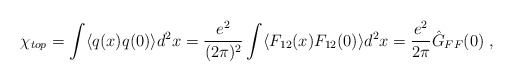
\begin{align*}\chi_{top} = \int \langle q(x) q(0) \rangle d^2x = \frac{e^2}{(2\pi)^2}\int \langle F_{12}(x) F_{12}(0) \rangle d^2x =\frac{e^2}{2\pi} \hat{G}_{FF}(0) \; ,\end{align*}